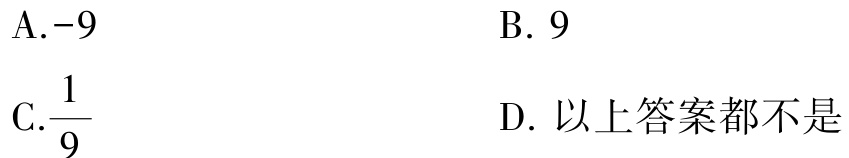
A.$-9$
B. $9$
C.$\frac{1}{9}$
D. 以上答案都不是